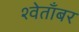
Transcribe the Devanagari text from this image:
श्वेताँबर